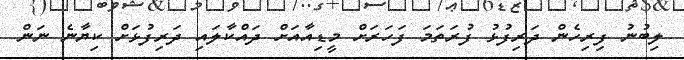
ލިބުނު ފިރިހެން ދަރިފުޅު ފުރަތަަމަ ފަހަރަށް މީޑިއާއަށް ދައްކާލައި ދަރިފުޅަށް ކިޔާނެ ނަން